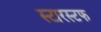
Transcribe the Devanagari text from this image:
स्टारस्टफ